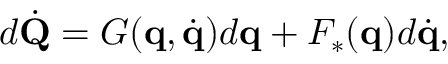
d { \dot { \mathbf { Q } } } = G ( \mathbf { q } , { \dot { \mathbf { q } } } ) d \mathbf { q } + F _ { * } ( \mathbf { q } ) d { \dot { \mathbf { q } } } ,